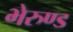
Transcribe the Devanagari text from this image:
भेरुण्ड